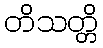
တိသတ္တိ